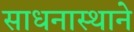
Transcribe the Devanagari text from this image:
साधनास्थाने